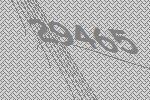
29465